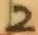
Text: 2